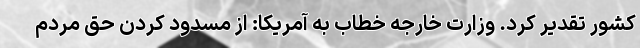
کشور تقدیر کرد. وزارت خارجه خطاب به آمریکا: از مسدود کردن حق مردم